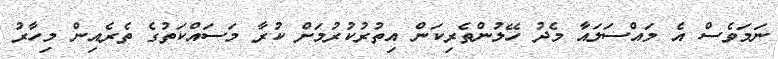
ނަމަވެސް އެ މައްސަލައާ މެދު ހޭލުންތެރިކަން އިތުރުކުރުމަށް ކުރާ މަސައްކަތުގެ ތެރެއިން މިހާރު